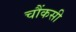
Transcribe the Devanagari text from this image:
चौंकसी